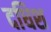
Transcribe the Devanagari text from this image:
दधिश